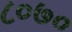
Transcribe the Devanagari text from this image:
८०७०